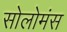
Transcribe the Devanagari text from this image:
सोलोमंस